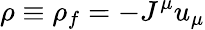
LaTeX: \rho\equiv\rho_{f}=-J^{\mu}u_{\mu}